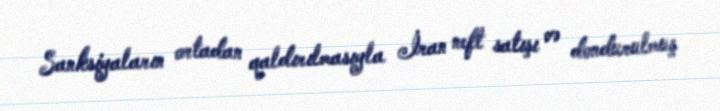
Sanksiyaların ortadan qaldırılmasıyla İran neft satışı və dondurulmuş